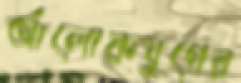
আলোকযুগের